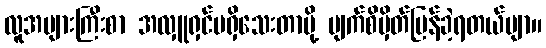
လူအများကြီးစာ အလှူရှင်မရှိသေးတာမို့ မျက်စိမှိတ်ပြန်ခဲ့ရတယ်ဗျာ။